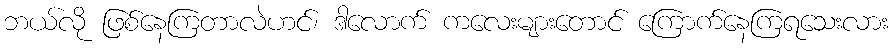
ဘယ်လို ဖြစ်နေကြတာလဲဟင်၊ ဒါလောက် ကလေးများတောင် ကြောက်နေကြရသေးလား